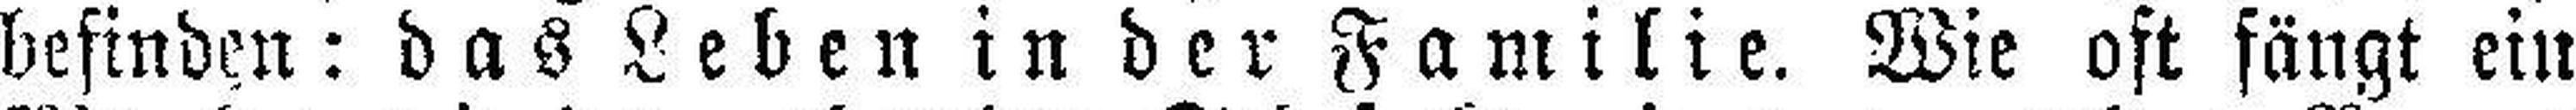
befinden: das Leben in der Familie. Wie oft fängt ein